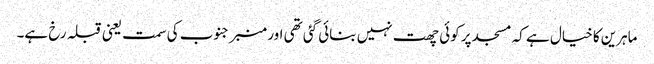
ماہرین کا خیال ہے کہ مسجد پر کوئی چھت نہیں بنائی گئی تھی اور منبر جنوب کی سمت یعنی قبلہ رخ ہے۔